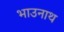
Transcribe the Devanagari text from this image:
भाउनाथ